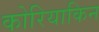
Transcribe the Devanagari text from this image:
कोरियाकिन